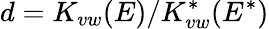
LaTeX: d=K_{vw}(E)/K_{vw}^{*}(E^{*})